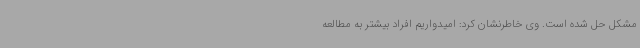
مشکل حل شده‌ است. وی خاطرنشان کرد: امیدواریم افراد بیشتر به مطالعه